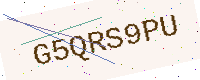
Text: G5QRS9PU